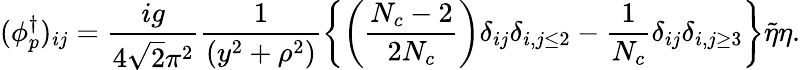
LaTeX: (\phi_{p}^{\dagger})_{ij}=\frac{ig}{4\sqrt{2}\pi^{2}}\frac{1}{(y^{2}+\rho^{2})}\left\{ \left(\frac{N_{c}-2}{2N_{c}}\right)\delta_{ij}\delta_{i,j\leq 2}-\frac{1}{N_{c}}\delta_{ij}\delta_{i,j\geq 3}\right\} \tilde{\eta}\eta.